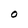
Character: O